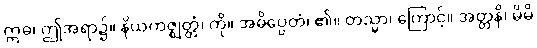
ဣဓ၊ ဤအရာ၌။ နိယကဇ္ဈတ္တံ၊ ကို။ အဓိပ္ပေတံ၊ ၏။ တသ္မာ၊ ကြောင့်။ အတ္တနိ၊ မိမိ